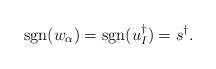
LaTeX: \begin{align*} \mathop{{\rm sgn}}(w_\alpha) = \mathop{{\rm sgn}}(u_I^\dagger) = s^\dagger. \end{align*}